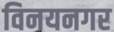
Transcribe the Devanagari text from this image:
विनयनगर